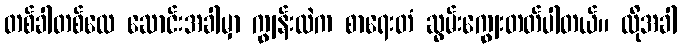
တစ်ခါတစ်လေ ဆောင်းအခါမှာ ကျွန်းထဲက စာရေးတံ ဆွမ်းကျွေးတတ်ပါတယ်။ ထိုအခါ